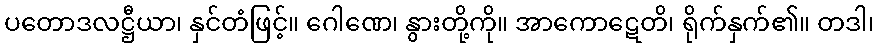
ပတောဒလဋ္ဌီယာ၊ နှင်တံဖြင့်။ ဂေါဏေ၊ နွားတို့ကို။ အာကောဋေတိ၊ ရိုက်နှက်၏။ တဒါ၊